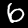
Label: 6